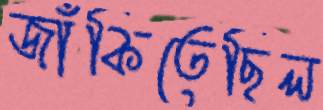
জাঁকিতেছিল